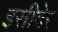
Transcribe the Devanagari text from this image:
इसीदेर